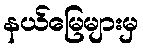
နယ်မြေများမှ